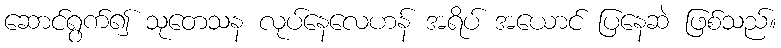
ဆောင်ရွက်၍ သုတေသန လုပ်နေလေဟန် အရိပ် အယောင် ပြနေဆဲ ဖြစ်သည်။